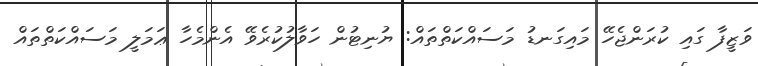
ވަޒީފާ ގައި ކުރަންޖެހޭ މައިގަނޑު މަސައްކަތްތައް: ޔުނިޓުން ހަވާލުކުރެވޭ އެންމެހާ ޢަމަލީ މަސައްކަތްތައް